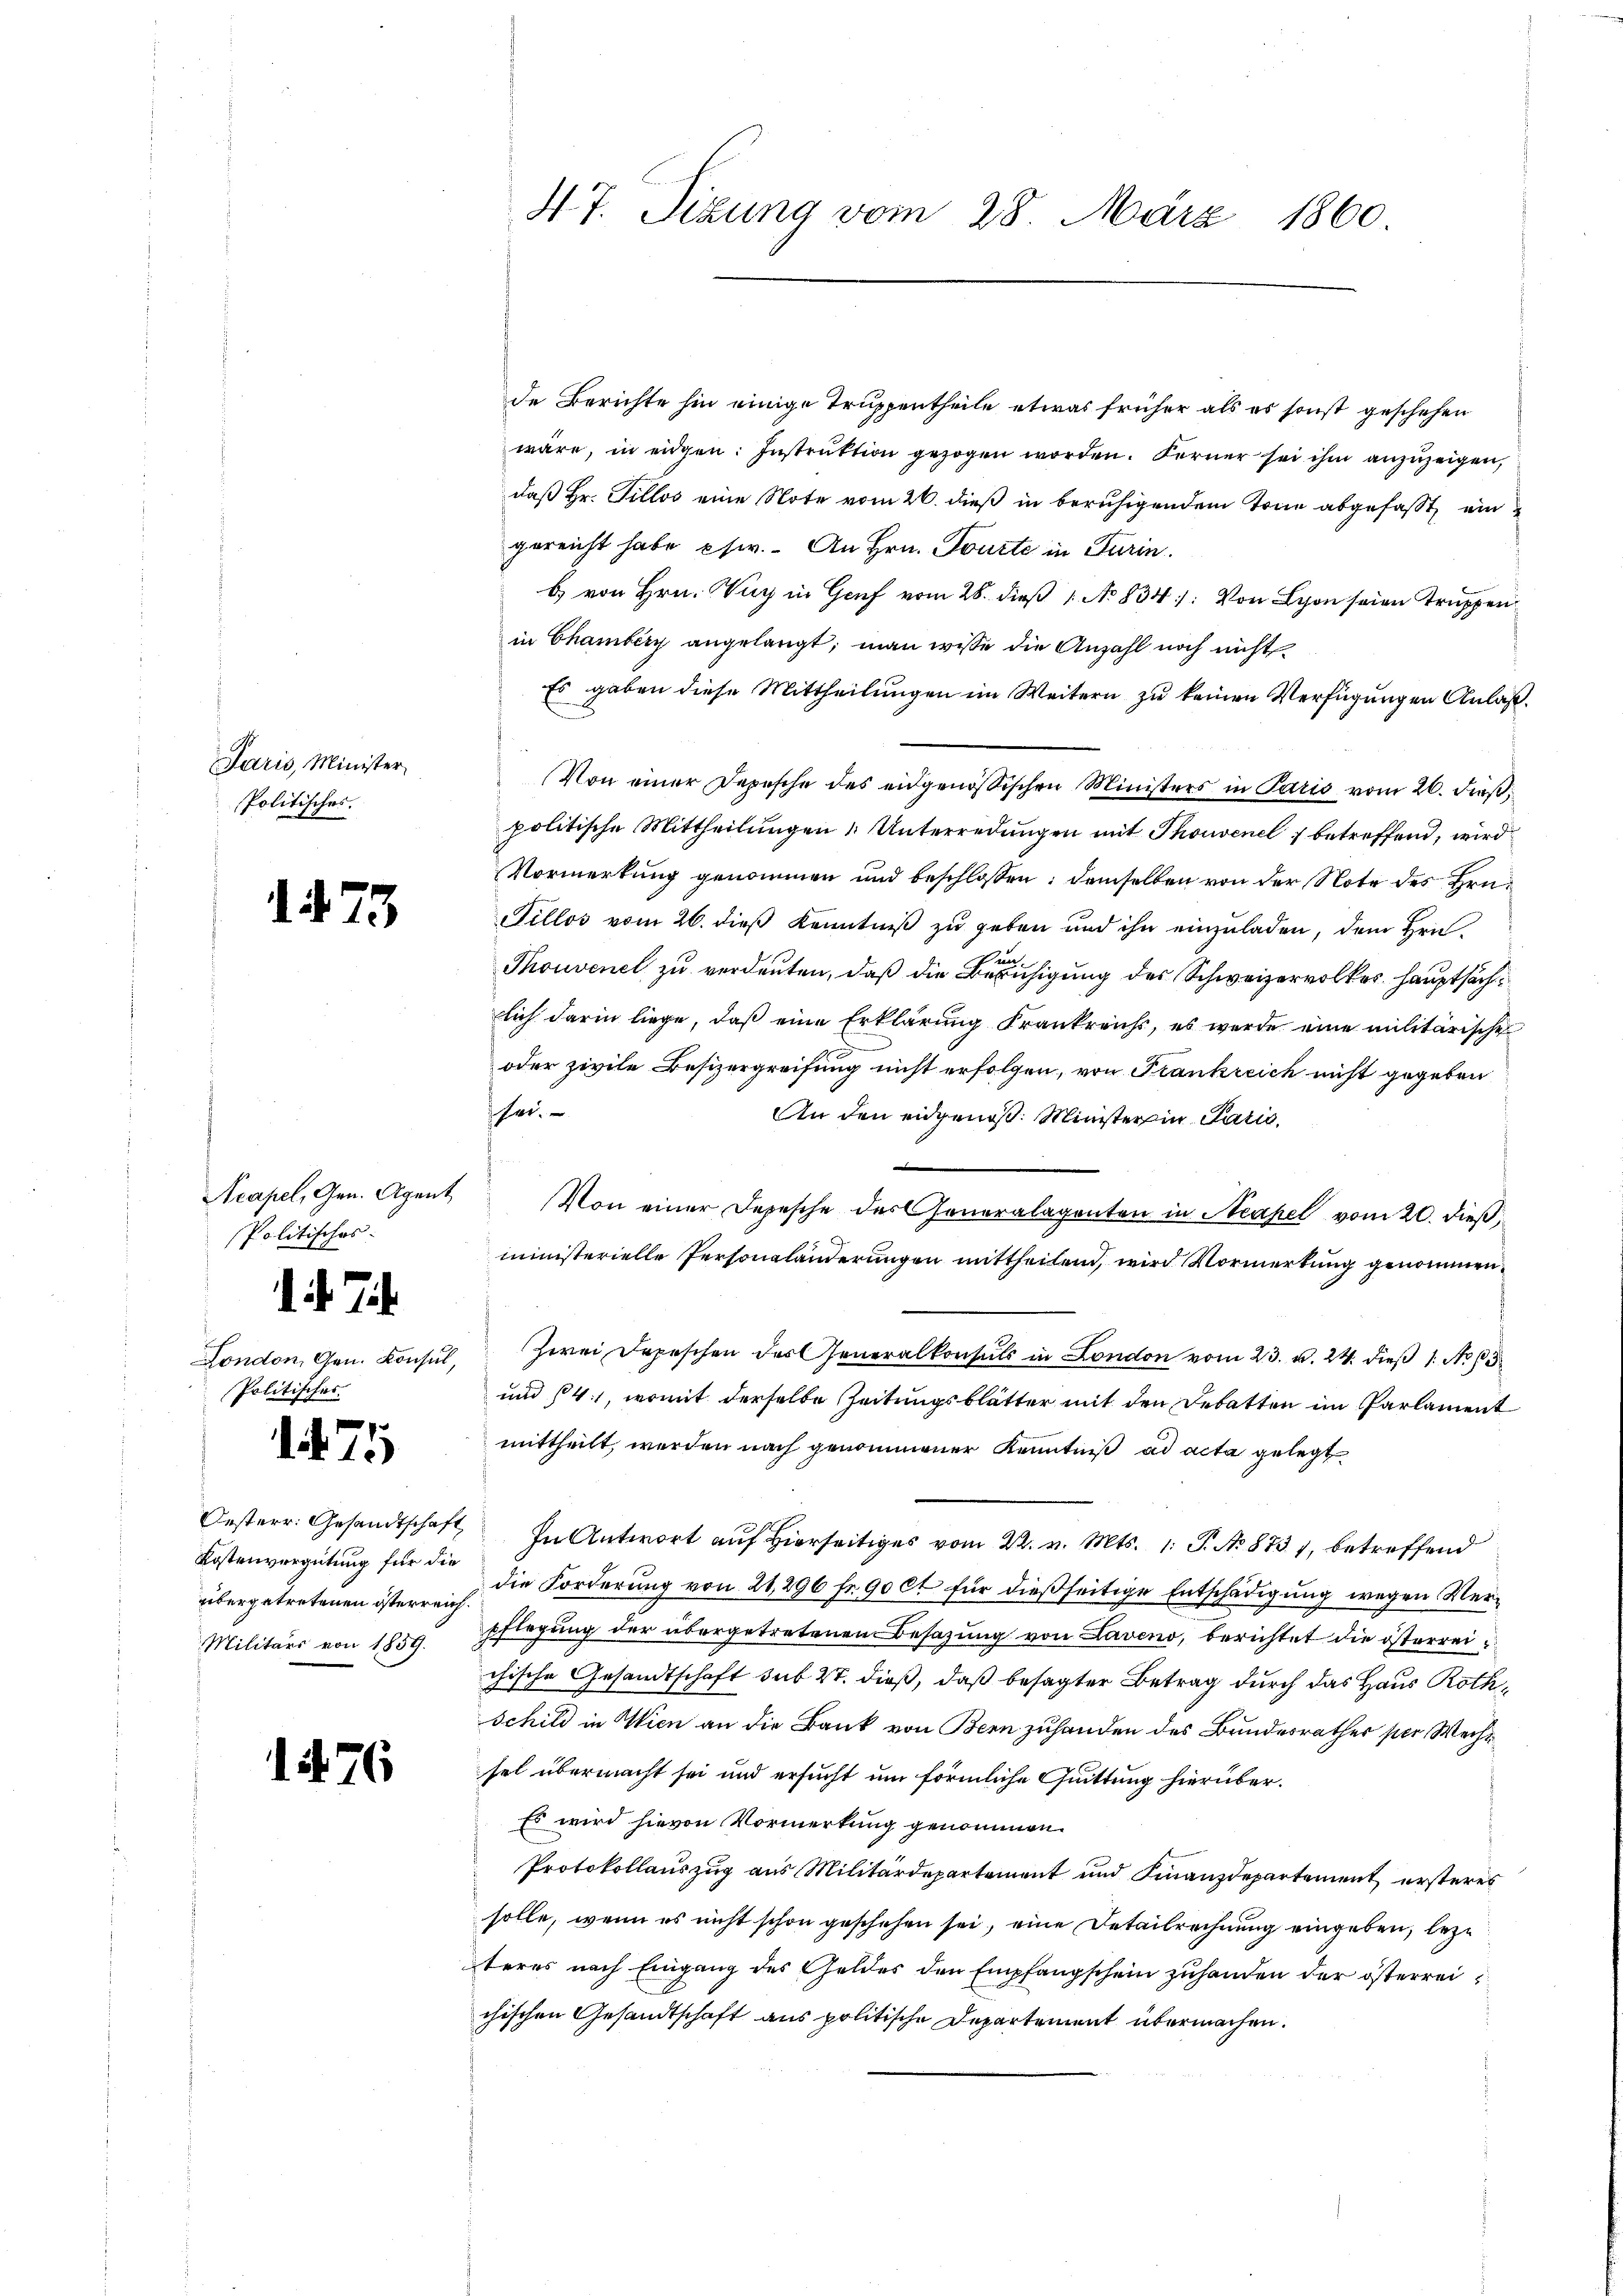
Paris, Minister
Politisches.

173

Acapel, Gen. Agent
Politisches.
d. h. T.
London, Gen. Konsul,
Politisches

75

Kostenvergütung für die
übergetretenen österreich.
Militärs von 1859.

1476

47. Sizung vom 28. März 1860

wäre, in eidgen: Instruktion gezogen worden. Ferner sei ihm anzuzeigen,
daß Hr. Tillos eine Note vom 26. dieß in beruhigendem Tone abgefaßt, ein
gereicht habe usw. - An Hrn. Tourte in Turin.
b) von Hrn. Nur in Genf vom 28. dieß 1. No 834: Von Schon seien Truppenin Chamberg angelangt; man wisse die Anzahl noch nicht
Es gaben diese Mittheilungen im Weitern zu keinen Verfügungen Anlaß.
Von einer Depesche des eidgenössischen Ministers in Paris vom 26. dieß
politische Mittheilungen Unterredungen mit Thonvenel betreffend, wird
Vormerkung genommen und beschlossen: demselben von der Note des Hrn.
Sillos vom 26. dieß Kenntniß zu geben und ihn einzuladen, dem Hrn.
Thouvenet zu verdeuten, daß die Beruhigung des Schweizervolkes hauptsächlich darin liege, daß eine Erklärung Frankreichs, es wurde eine militärische
oder zivile Besizergreifung nicht erfolgen, von Frankreich nicht gegeben
her.
An den eidgenoß. Minister in Parić,

Von einer Depesche der Generalagenten in Neapel vom 20. dieß,
ministerielle Personalanderungen mittheilen, wird Vormerkung genommen.
Zwei Depeschen des Generalkonsuls in London vom 23. u. 24. dieß 1. No 15
und 14., womit derselbe Zeitungsblätter mit den Debatten im Parlament
mittheilt, werden nach genommener Kenntniß ad acta gelegt
Oesterr. Gesandtschaft In Antwort aŭf hiers vom 22. v. Mts. 1. P. No 8731, betreffend
die Forderung von 21296 fr. 90 ct für dießseitige Entschädigung wegen Verpflegung der übergetretenen Besazung von Laveno, berichtet die österreichische Gesandtschaft sub 27. dieß, daß besagter Betrag durch das Haus Roth¬
Schild in Wien an die Bank von Bern zuhanden des Bundesrathes per Wechssel übermacht sei und ersucht um förmliche Quittung hierüber.
Es wird hievon Vormerkung genommen.
Protokollauszug aus Militärdepartement und Finanzdepartement ersteres
solle, wenn es nicht schon geschehen sei, eine Detailrechnung eingeben, lezteres nach Eingang des Geldes den Empfangschein zuhanden der österrei
chischen Gesandtschaft aus politische Departement übermachen.

de Berichte hin einige Truppentheile etwas früher als es sonst geschehen